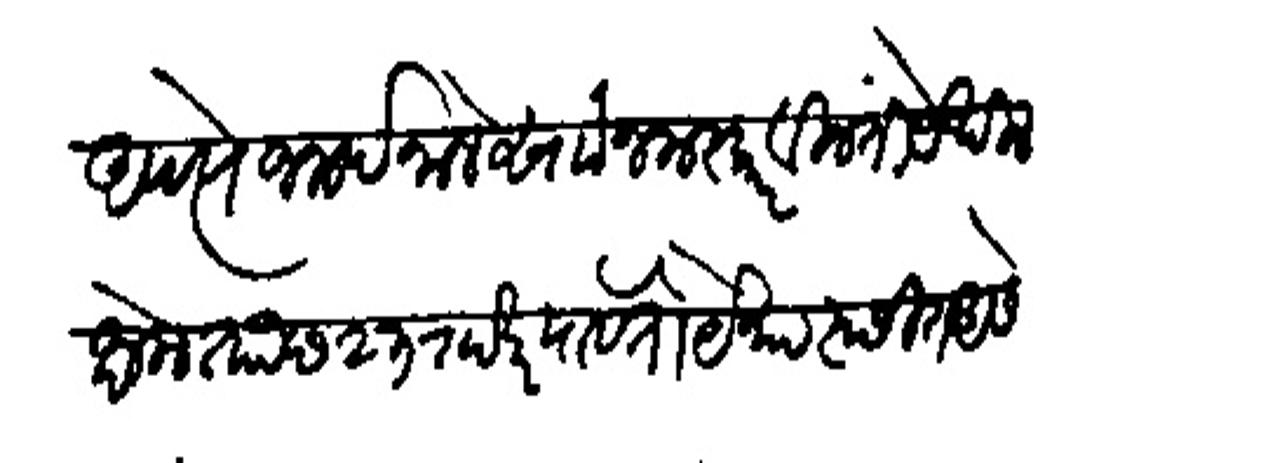
Transliteration (Devanagari): अपत्ये जनार्दनाने साा नमस्कार विनंती येथील क्षेम ताा छ २३ राखर पावेतो येथास्छित असे